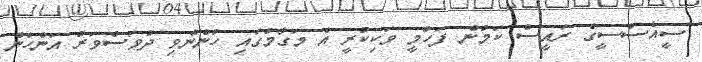
ސީއެސްސީގެ ރައީސް ކަމުން ފަހުމީ ވަކިކުރީ އެ މަގާމުގައި ހުންނެވި ދުވަސްވަރު އަންހެން